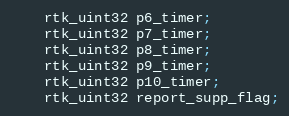
Language: C
    rtk_uint32 p6_timer;
    rtk_uint32 p7_timer;
    rtk_uint32 p8_timer;
    rtk_uint32 p9_timer;
    rtk_uint32 p10_timer;
    rtk_uint32 report_supp_flag;